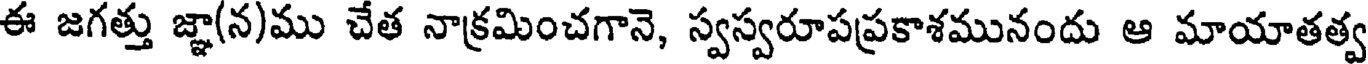
ఈ జగత్తు జ్ఞా(న)ము చేత నాక్రమించగానె, స్వస్వరూపప్రకాశమునందు ఆ మాయాతత్వ